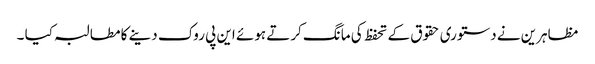
مظاہرین نے دستوری حقوق کے تحفظ کی مانگ کرتے ہوئے این پی روک دینے کا مطالبہ کیا ۔